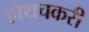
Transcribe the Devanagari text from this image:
हाथचकरी